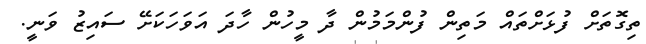
ތިގޮތަށް ފުޅަށްތައް މަތިން ފުންމަމުން ދާ މީހުން ހާދަ އަވަހަކަށޭ ސައިޒު ވަނީ.